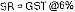
SR=GST @6%